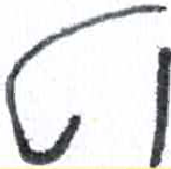
אות: ט